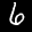
Label: 6